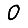
Digit: 0